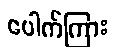
ပေါက်ကြား